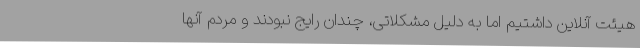
هیئت آنلاین داشتیم اما به دلیل مشکلاتی، چندان رایج نبودند و مردم آنها